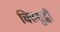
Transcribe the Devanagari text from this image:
चित्तशुद्धी